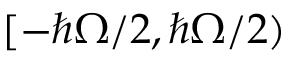
[ - \hbar \Omega / 2 , \hbar \Omega / 2 )